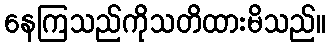
နေကြသည်ကိုသတိထားမိသည်။